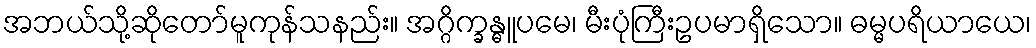
အဘယ်သို့ဆိုတော်မူကုန်သနည်း။ အဂ္ဂိက္ခန္ဓူပမေ၊ မီးပုံကြီးဥပမာရှိသော။ ဓမ္မပရိယာယေ၊